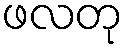
ဖလတု